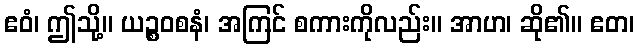
ဧဝံ၊ ဤသို့။ ယဉ္စဝစနံ၊ အကြင် စကားကိုလည်း။ အာဟ၊ ဆို၏။ ဧတ၊